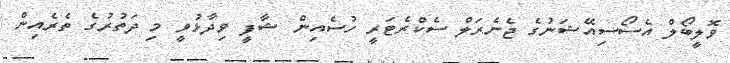
ވޮލީބޯލް އެސޯސިއޭޝަނުގެ ޖެނެރަލް ސެކްރެޓަރީ ހުސެއިން ޝާފީ ވިދާޅުވީ މި ދަތުރުގެ ތެރެއިން